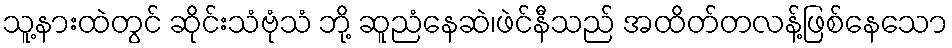
သူ့နားထဲတွင် ဆိုင်းသံဗုံသံ ဘို့ ဆူညံနေဆဲ၊ဖဲင်နီသည် အထိတ်တလန့်ဖြစ်နေသော